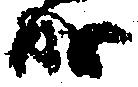
成